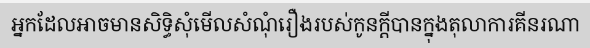
អ្នកដែលអាចមានសិទ្ធិសុំមើលសំណុំរឿងរបស់កូនក្តីបានក្នុងតុលាការគីនរណា